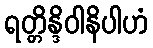
ရတ္တိန္ဒိဝါနိပါဟံ